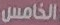
الخامس